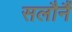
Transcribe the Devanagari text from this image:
सलौनैं